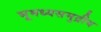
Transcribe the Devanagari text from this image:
भूमध्यसमुद्रीय